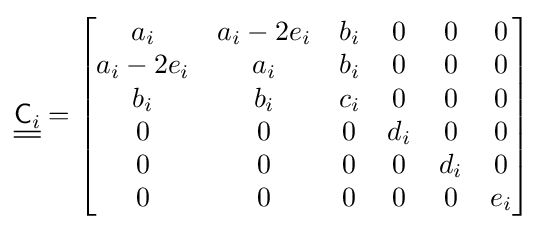
{\underline {\underline {{\mathsf {C}}_{i}}}}={\begin{bmatrix}a_{i}&a_{i}-2e_{i}&b_{i}&0&0&0\\a_{i}-2e_{i}&a_{i}&b_{i}&0&0&0\\b_{i}&b_{i}&c_{i}&0&0&0\\0&0&0&d_{i}&0&0\\0&0&0&0&d_{i}&0\\0&0&0&0&0&e_{i}\\\end{bmatrix}}